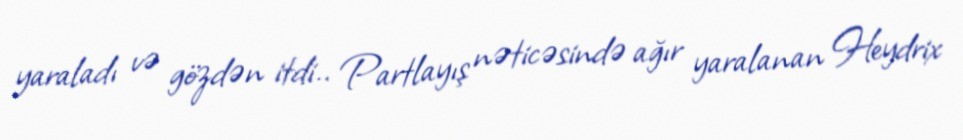
yaraladı və gözdən itdi.. Partlayış nəticəsində ağır yaralanan Heydrix